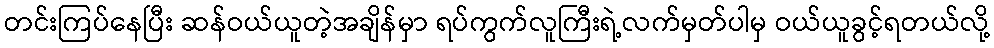
တင်းကြပ်နေပြီး ဆန်ဝယ်ယူတဲ့အချိန်မှာ ရပ်ကွက်လူကြီးရဲ့လက်မှတ်ပါမှ ဝယ်ယူခွင့်ရတယ်လို့